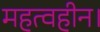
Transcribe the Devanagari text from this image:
महत्वहीन।